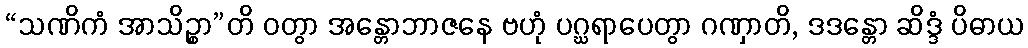
“သဏိကံ အာသိဉ္စာ”တိ ဝတွာ အန္တောဘာဇနေ ဗဟုံ ပဂ္ဃရာပေတွာ ဂဏှာတိ, ဒဒန္တော ဆိဒ္ဒံ ပိဓာယ